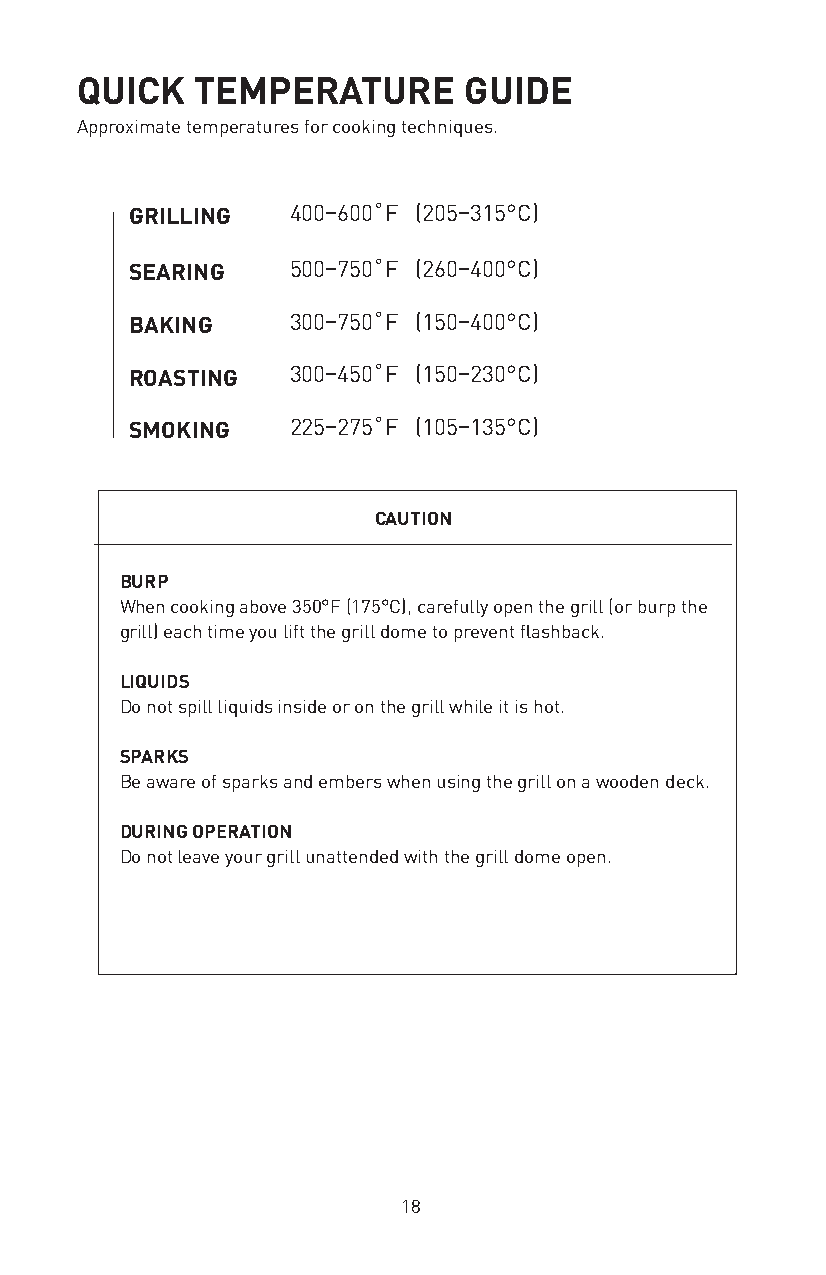
QUICK   TEMPERATURE       GUIDE
 Approximate temperatures for cooking techniques.
 GRILLING  400–600˚F (205–315°C)
 SEARING   500–750˚F (260–400°C)
 BAKING    300–750˚F (150–400°C)
 ROASTING  300–450˚F (150–230°C)
 SMOKING   225–275˚F (105–135°C)
 CAUTION
 BURP
 When cooking above 350°F (175°C), carefully open the grill (or burp the
 grill) each time you lift the grill dome to prevent flashback.
 LIQUIDS
 Do not spill liquids inside or on the grill while it is hot.
 SPARKS
 Be aware of sparks and embers when using the grill on a wooden deck.
 DURING OPERATION
 Do not leave your grill unattended with the grill dome open.
 18